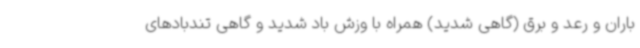
باران و رعد و برق (گاهی شدید) همراه با وزش باد شدید و گاهی تندبادهای